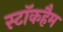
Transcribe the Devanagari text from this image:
स्टॉकहैम